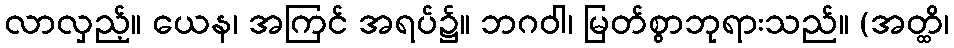
လာလှည့်။ ယေန၊ အကြင် အရပ်၌။ ဘဂဝါ၊ မြတ်စွာဘုရားသည်။ (အတ္ထိ၊